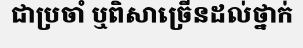
ជាប្រចាំ ឬពិសាច្រើនដល់ថ្នាក់